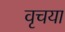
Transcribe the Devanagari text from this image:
वृचया